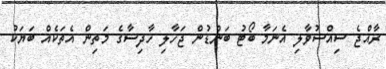
ރާއްޖެ ސިއްސުވާލި އެނަމާ ބޯޓު ބަންޑުން ޖަހާލި ހާދިސާގެ މަތިން އެތަކެއް ބަޔަކު